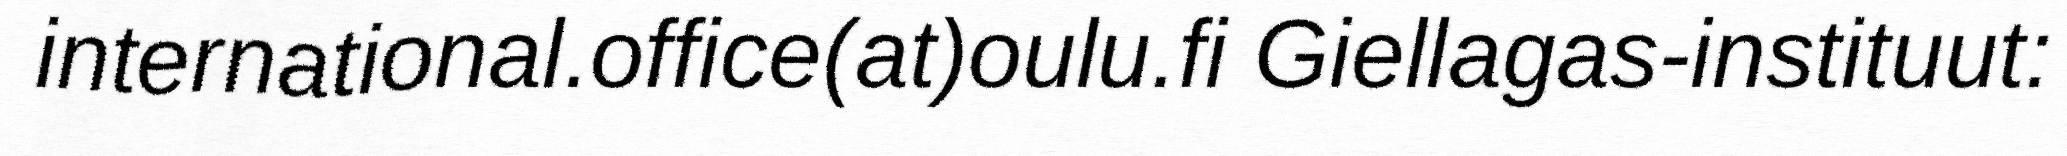
international.office(at)oulu.fi Giellagas-instituut: